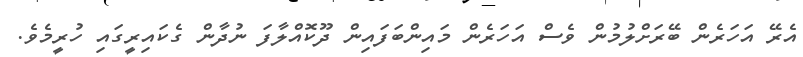
އެރޭ އަހަރެން ބޭރަށްލުމުން ވެސް އަހަރެން މައިންބަފައިން ދޫކޮއްލާފަ ނުދާން ގެކައިރީގައި ހުރީމެވެ.